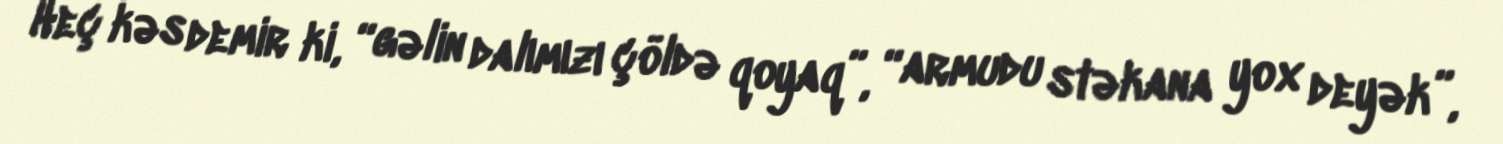
Heç kəs demir ki, “gəlin dalımızı çöldə qoyaq”, “armudu stəkana yox deyək”,